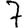
Digit: 7